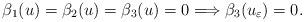
LaTeX: \begin{align*}\beta_1(u) = \beta_2(u) = \beta_3(u) = 0 \Longrightarrow \beta_3(u_{\varepsilon}) = 0. \end{align*}